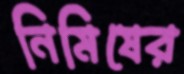
নিমিষের